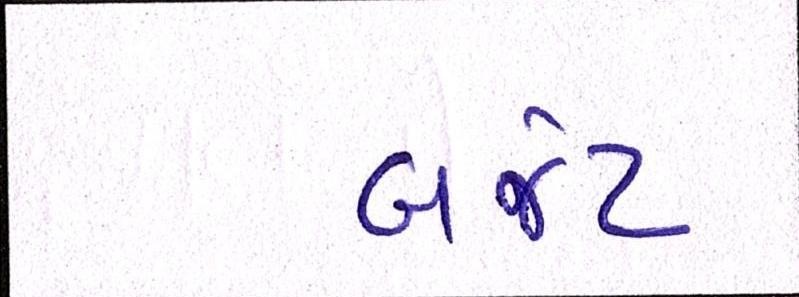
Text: બજેટ